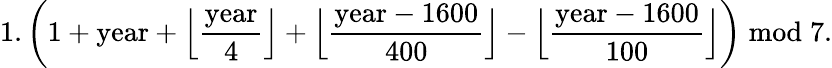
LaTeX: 1.\left(1+{\mathrm{year}}+{\Big\lfloor}{\frac{\mathrm{year}}{4}}{\Big\rfloor}+{\Big\lfloor}{\frac{{\mathrm{year}}-1600}{400}}{\Big\rfloor}-{\Big\lfloor}{\frac{{\mathrm{year}}-1600}{100}}{\Big\rfloor}\right){\bmod{7}}.